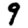
Digit: 9